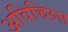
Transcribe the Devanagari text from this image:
अविच्छित्त